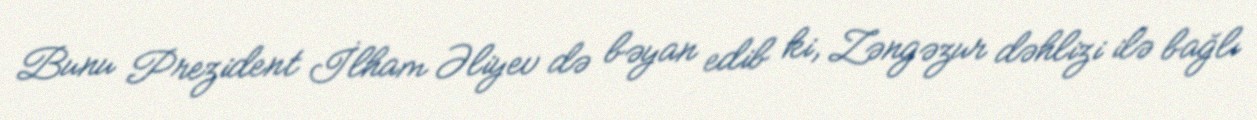
Bunu Prezident İlham Əliyev də bəyan edib ki, Zəngəzur dəhlizi ilə bağlı